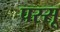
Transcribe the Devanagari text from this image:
पस्सू